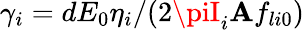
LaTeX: \gamma_{i}=dE_{0}\eta_{i}/(2\piI_{i}\mathbf{A}f_{li0})